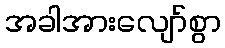
အခါအားလျော်စွာ